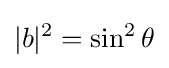
|b|^{2}=\sin ^{2}\theta